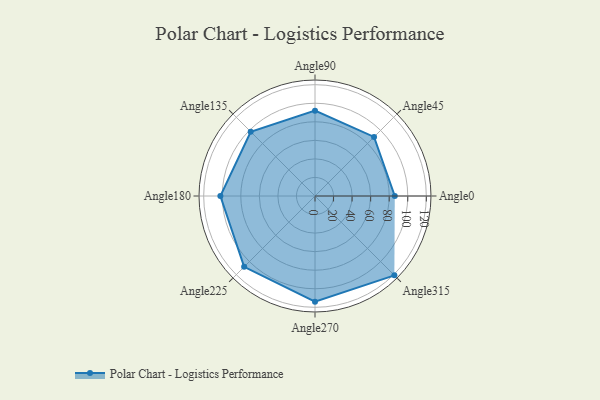
{"axis": {"x": "Angle", "y": "Radius"}, "legend": [""], "data": [{"x": "Angle0", "y": 86.0, "type": ""}, {"x": "Angle45", "y": 90.0, "type": ""}, {"x": "Angle90", "y": 92.0, "type": ""}, {"x": "Angle135", "y": 98.0, "type": ""}, {"x": "Angle180", "y": 102.0, "type": ""}, {"x": "Angle225", "y": 108.0, "type": ""}, {"x": "Angle270", "y": 114.0, "type": ""}, {"x": "Angle315", "y": 121.0, "type": ""}]}